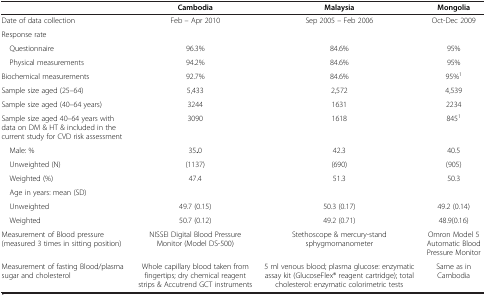
<table><thead><tr><td><b> </b></td><td><b>Cambodia</b></td><td><b>Malaysia</b></td><td><b>Mongolia</b></td></tr></thead><tbody><tr><td>Date of data collection</td><td>Feb – Apr 2010</td><td>Sep 2005 – Feb 2006</td><td>Oct-Dec 2009</td></tr><tr><td>Response rate</td><td> </td><td> </td><td> </td></tr><tr><td> Questionnaire</td><td>96.3%</td><td>84.6%</td><td>95%</td></tr><tr><td> Physical measurements</td><td>94.2%</td><td>84.6%</td><td>95%</td></tr><tr><td>Biochemical measurements</td><td>92.7%</td><td>84.6%</td><td>95%<sup>1</sup></td></tr><tr><td>Sample size aged (25–64)</td><td>5,433</td><td>2,572</td><td>4,539</td></tr><tr><td>Sample size aged (40–64 years)</td><td>3244</td><td>1631</td><td>2234</td></tr><tr><td>Sample size aged 40–64 years with data on DM &amp; HT &amp; included in the current study for CVD risk assessment</td><td>3090</td><td>1618</td><td>845<sup>1</sup></td></tr><tr><td> Male: %</td><td>35<b>.</b>0</td><td>42.3</td><td>40.5</td></tr><tr><td> Unweighted (N)</td><td>(1137)</td><td>(690)</td><td>(905)</td></tr><tr><td> Weighted (%)</td><td>47.4</td><td>51.3</td><td>50.3</td></tr><tr><td> Age in years: mean (SD)</td><td> </td><td> </td><td> </td></tr><tr><td> Unweighted</td><td>49.7 (0.15)</td><td>50.3 (0.17)</td><td>49.2 (0.14)</td></tr><tr><td> Weighted</td><td>50.7 (0.12)</td><td>49.2 (0.71)</td><td>48.9(0.16)</td></tr><tr><td>Measurement of Blood pressure (measured 3 times in sitting position)</td><td>NISSEI Digital Blood Pressure Monitor (Model DS-500)</td><td>Stethoscope &amp; mercury-stand sphygmomanometer</td><td>Omron Model 5 Automatic Blood Pressure Monitor</td></tr><tr><td>Measurement of fasting Blood/plasma sugar and cholesterol</td><td>Whole capillary blood taken from fingertips; dry chemical reagent strips &amp; Accutrend GCT instruments</td><td>5 ml venous blood; plasma glucose: enzymatic assay kit (GlucoseFlex® reagent cartridge); total cholesterol: enzymatic colorimetric tests</td><td>Same as in Cambodia</td></tr></tbody></table>